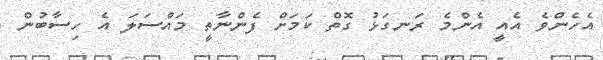
އެހެންވެ އެއީ އެންމެ ރަނގަޅު ގޮތް ކަމަށް ފެންނާތީ މައްސަލަ އެ ހިސާބުން